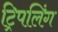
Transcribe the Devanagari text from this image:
ट्रिपलिंग